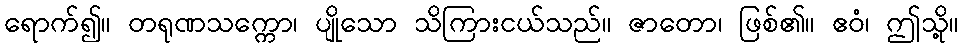
ရောက်၍။ တရုဏသက္ကော၊ ပျိုသော သိကြားငယ်သည်။ ဇာတော၊ ဖြစ်၏။ ဧဝံ၊ ဤသို့။